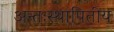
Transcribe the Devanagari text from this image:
अन्तःस्थापितीय